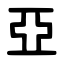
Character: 亞